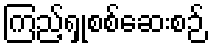
ကြည့်ရှုစစ်ဆေးစဉ်